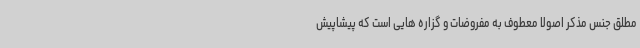
مطلق جنس مذکر اصولا معطوف به مفروضات و گزاره هایی است که پیشاپیش